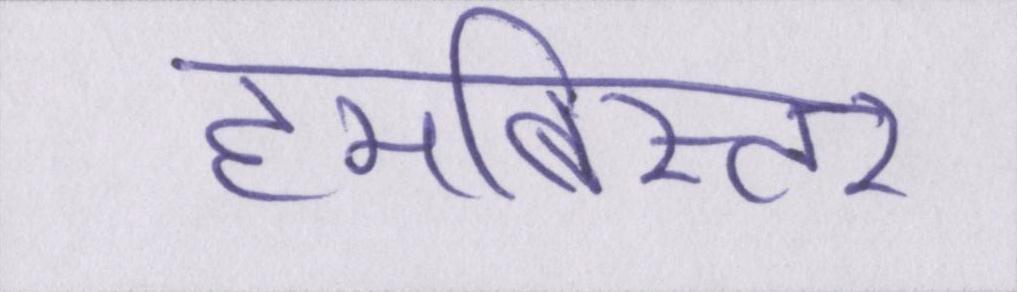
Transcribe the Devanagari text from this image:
हमबिस्तर